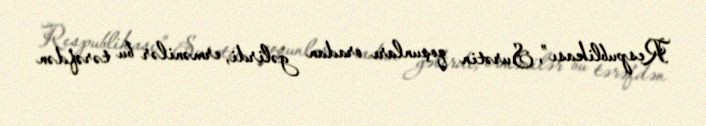
Respublikası”, Surətin qoşunları oradan gəlirdi, ermənilər bu tərəfdən